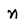
Character: n